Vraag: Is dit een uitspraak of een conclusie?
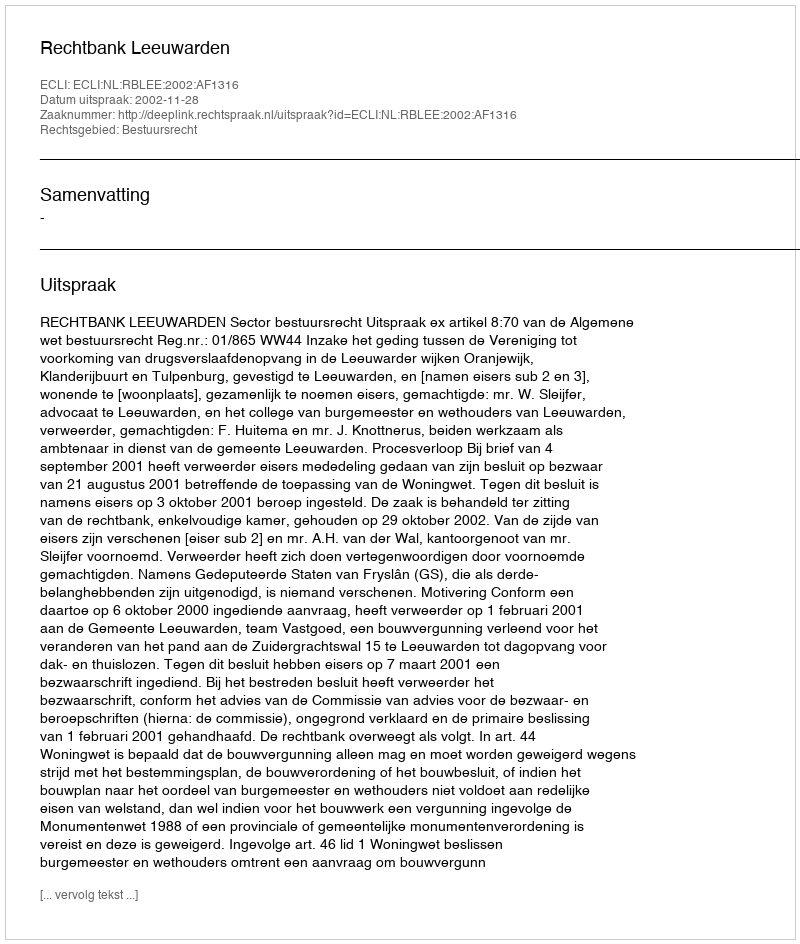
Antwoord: Uitspraak